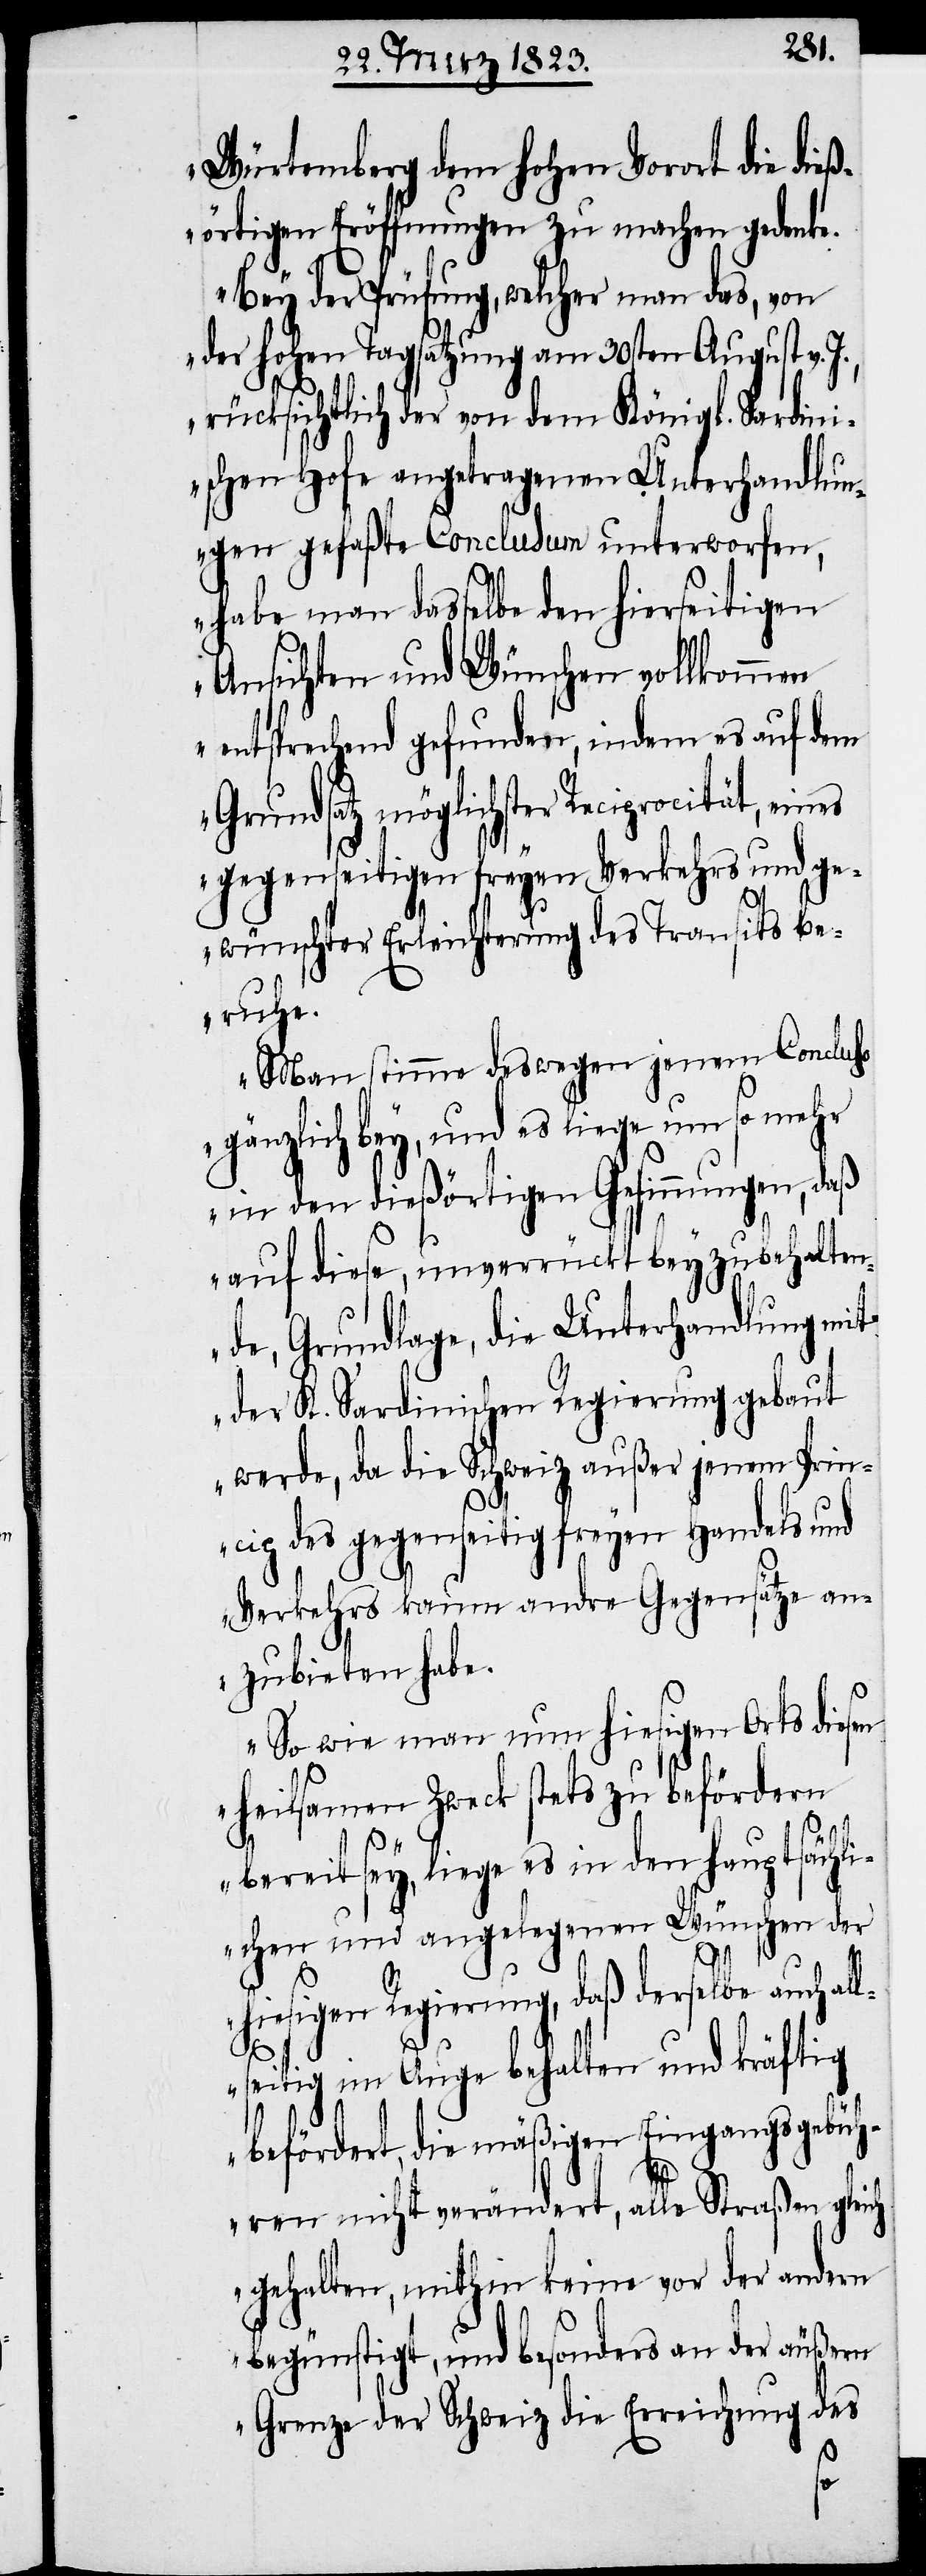
Würtemberg dem hohen Vorort die dieß¬
örtigen Eröffnungen zu machen gedenke.
Bey der Prüfung, welcher man das, von
der hohen Tagsatzung am 30sten August v.
rücksichtlich der von dem Königl. Sardin¬
ischen Hofe angetragenen Unterhandlun¬
gen gefaßte Conclusum unterworfen,
habe man dasselbe den hierseitigen
Ansichten und Wünschen vollkommen
entsprechend gefunden, indem es auf dem
Grundsatz möglichster Reciprocität, eines
gegenseitigen freyen Verkehrs und ge¬
wünschter Erleichterung des Transits be¬
ruhe.
Man stimme deswegen jenem Concluso
gänzlich bey, und es liege um so mehr
in den dießörtigen Gesinnungen, daß
auf diese, unverrückt beyzubehalten¬
de, Grundlage, die Unterhandlung mit
der K. Sardinischen Regierung gebaut
werde, da die Schweiz außer jenem Prin¬
cip des gegenseitig freyen Handels und
Verkehrs kaum andre Gegensätze an¬
zubieten habe.
So wie man nun hiesigen Orts diesen
heilsamen Zweck stets zu befördern
bereit sey, liege es in den hauptsächli¬
chen und angelegenen Wünschen der
hiesigen Regierung, daß derselbe auch al¬
lseitig im Auge behalten und kräftig
befördert, die mäßigen Eingangsgebüh¬
ren nicht verändert, alle Straßen gleich
gehalten, mithin keine vor der andern
begünstigt, und besonders an der äußern
Grenze der Schweiz die Erreichung des